Lunatic asylums Madras 1877-1891 - 1877-1891
Year: 1877
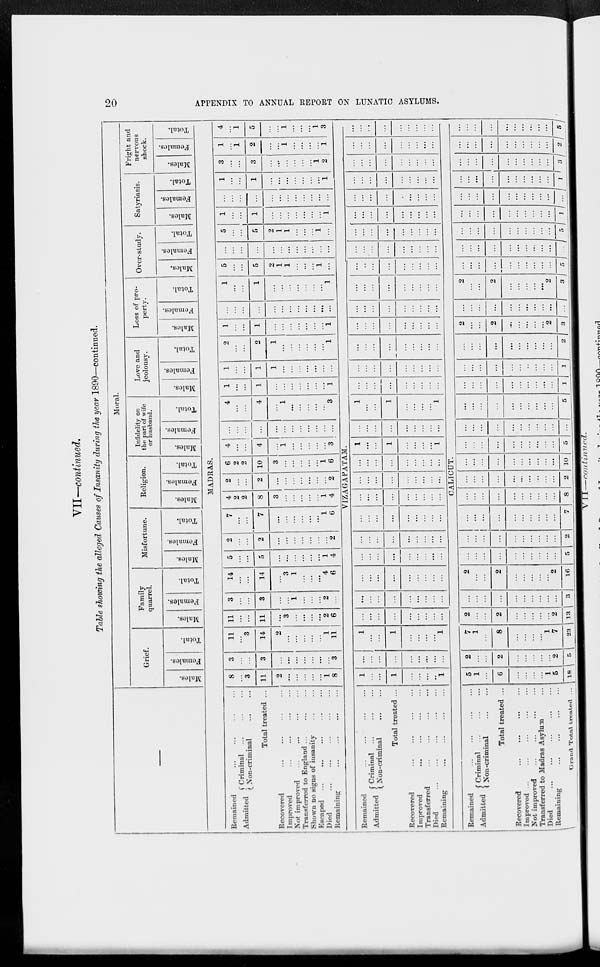
20
APPENDIX TO ANNUAL REPORT ON LUNATIC ASYLUMS.
VII —continued.
Table showing the alleged Causes of Insanity during the year 1890—continued.
—
Remained ... ... ... ...
Admitted Criminal ... ... ...
Non-criminal
...
...
Total treated ...
Recovered
...
...
...
...
Improved
...
...
...
...
Not improved ... ... ... ...
Transferred to England
...
...
...
Shown no signs of insanity
...
...
Escaped ... ... ... ... ...
Died
...
...
...
...
...
Remaining ... ... ... ...
Remained ... ... ... ...
Admitted Criminal
...
...
...
Non-criminal
...
...
Total treated ...
Recovered
...
...
...
...
Improved
...
...
...
...
Transferred ... ... ... ...
Died
...
...
...
...
...
Remaining
...
...
...
...
Remained
...
...
...
...
Admitted Criminal ...
...
...
Non-criminal
...
...
Total treated ...
Recovered
...
...
...
...
Improved
...
...
...
...
Not improved
...
...
...
...
Transferred to Madras Asylum ...
Died
...
...
...
...
Remaining
...
...
...
...
Grand Total treated. ...
Moral.
Grief.
Males.
Females.
Total.
Family
quarrel.
Males.
Females.
Total.
Misfortune.
Males.
Females.
Total.
Religion.
Males.
Females.
Total.
Infidelity on
the part of wife
or husband.
Males.
Females.
Total.
Love and
jeolousy.
Males.
Females.
Total.
Loss of pro-
perty.
Males.
Females.
Total.
Over-study.
Males.
Females.
Total.
Satyriasis.
Males.
Females.
Total.
Fright and
nervous
shock.
Males.
Females.
Total.
MADRAS.
8
...
3
11
2
...
...
...
...
...
1
8
3
...
...
3
...
...
...
...
...
...
...
3
11
...
3
14
2
...
...
...
...
...
1
11
11
...
...
11
...
3
...
...
...
...
2
6
3
...
...
3
...
...
1
...
...
...
2
...
14
...
...
14
...
3
1
...
...
4
6
5
...
...
5
...
...
...
...
...
...
1
4
2
...
...
2
...
...
...
...
...
...
...
2
7
...
...
7
...
...
...
...
...
...
1
6
4
2
2
8
3
...
...
...
...
...
1
4
2
...
...
2
...
...
...
...
...
...
...
2
6
2
2
10
3
...
...
...
...
...
1
6
4
...
...
4
...
1
...
...
...
...
...
3
...
...
...
...
...
...
...
...
...
...
...
...
4
...
...
4
...
1
...
...
...
...
...
3
1
...
...
1
...
...
...
...
...
...
...
1
1
...
...
1
1
...
...
...
...
...
...
...
2
...
...
2
1
...
...
...
...
...
...
1
1
...
...
1
...
...
...
...
...
...
...
1
...
...
...
...
...
...
...
...
...
...
...
...
1
...
...
1
...
...
...
...
...
...
...
1
5
...
...
5
2
1
1
...
...
...
1
...
...
...
...
...
...
...
...
...
...
...
...
...
5
...
...
5
2
1
1
...
...
...
1
...
1
...
...
1
...
...
...
...
...
...
...
1
...
...
...
...
...
...
...
...
...
...
...
...
1
...
...
1
...
...
...
...
...
...
...
1
3
...
...
3
...
...
...
...
...
...
1
2
1
...
1
2
...
...
1
...
...
...
...
1
4
...
1
5
...
...
1
...
...
...
1
3
VIZAGAPATAM.
1
...
...
1
...
...
...
..
1
...
...
...
...
...
...
...
...
...
1
...
...
1
...
...
...
...
1
...
...
...
...
...
...
...
...
...
...
...
...
...
...
...
...
...
...
...
...
...
...
...
...
...
...
...
...
...
...
...
...
...
...
...
...
...
...
...
...
...
...
...
...
...
...
...
...
...
...
...
...
...
...
...
...
...
...
...
...
...
...
...
...
...
...
...
...
...
...
...
...
...
...
...
...
...
...
...
...
...
1
...
...
1
...
...
...
...
1
...
...
...
...
...
...
...
...
...
1
...
...
1
...
...
...
...
1
...
...
...
...
...
...
...
...
...
...
...
...
...
...
...
...
...
...
...
...
...
...
...
...
...
...
...
...
...
...
...
...
...
...
...
...
...
...
...
...
...
...
...
...
...
...
...
...
...
...
...
...
...
...
...
...
...
...
...
...
...
...
...
...
...
...
...
...
...
...
...
...
...
...
...
...
...
...
...
...
...
...
...
...
...
...
...
...
...
...
...
...
...
...
...
...
...
...
...
...
...
...
...
...
...
...
...
...
...
...
...
...
...
...
...
...
...
...
...
...
...
...
...
...
...
...
...
...
...
...
...
...
...
...
...
CALICUT.
5
1
...
6
...
...
...
...
1
5
18
2
...
...
2
...
...
...
...
...
2
5
7
1
...
8
...
...
...
...
1
7
23
2
...
...
2
...
...
...
...
...
2
13
...
...
...
...
...
...
...
...
...
...
3
2
...
...
2
...
...
...
...
...
2
16
...
...
...
...
...
...
...
...
...
...
5
...
...
...
...
...
...
...
...
...
...
2
...
...
...
...
...
...
...
...
...
...
7
...
...
...
...
...
...
...
...
...
...
8
...
...
...
...
...
...
...
...
...
...
2
...
...
...
...
...
...
...
...
...
...
10
...
...
...
...
...
...
...
...
...
...
5
...
...
...
...
...
...
...
...
...
...
...
...
...
...
...
...
...
...
...
...
...
5
...
...
...
...
...
...
...
...
...
1
...
...
...
...
...
...
..
...
...
...
1
...
...
...
...
...
...
...
...
...
...
2
2
...
...
2
...
...
...
...
...
2
3
...
...
...
...
...
...
...
...
...
...
...
2
...
...
2
...
...
...
...
...
2
3
...
...
...
...
...
...
...
...
...
...
5
...
...
...
...
...
...
...
...
...
...
...
...
...
...
...
...
...
...
...
...
...
5
...
...
...
...
...
...
...
...
...
...
1
...
...
...
...
...
...
...
...
...
...
...
...
...
...
...
...
...
...
...
...
...
1
...
...
...
...
...
...
...
...
...
...
3
...
...
...
...
...
...
...
...
...
...
2
...
...
...
...
...
...
...
...
...
...
5